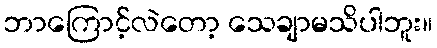
ဘာကြောင့်လဲတော့ သေချာမသိပါဘူး။